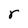
Character: r